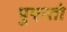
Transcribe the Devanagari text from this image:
पुएन्तो